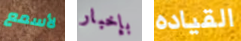
لأسمع بإخبار القياده